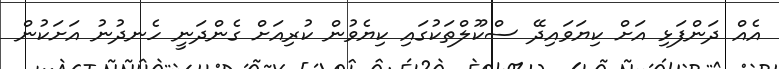
އެއް ދަންފަޅި އަށް ކިޔަވައިދޭ ސްކޫލްތަކުގައި ކިޔެވުން ކުރިއަށް ގެންދަނީ ހެނދުނު އަށަކުން